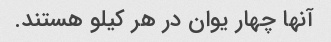
آنها چهار یوان در هر کیلو هستند.